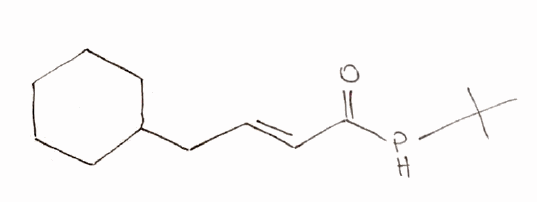
Simplified molecular-input line-entry system (SMILES) notation of the given molecule:
CC(C)(C)PC(=O)/C=C/CC1CCCCC1